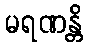
မရဏန္တိ